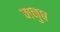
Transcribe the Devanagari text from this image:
मनुष